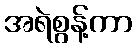
အရဲစွန့်ကာ